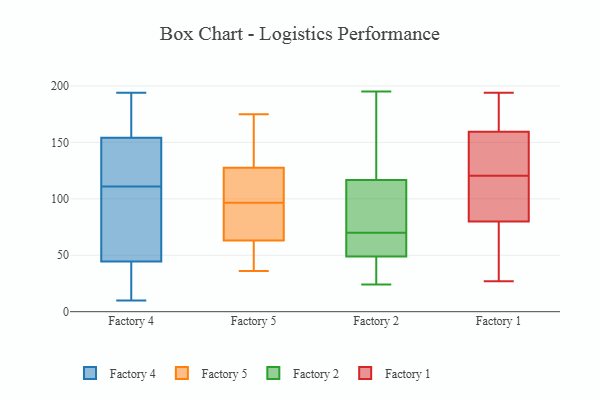
{"axis": {"x": "Shipments", "y": "Value"}, "legend": ["Factory 1", "Factory 2", "Factory 4", "Factory 5"], "data": [{"x": "", "y": 139, "type": "Factory 4"}, {"x": "", "y": 38, "type": "Factory 4"}, {"x": "", "y": 10, "type": "Factory 4"}, {"x": "", "y": 38, "type": "Factory 4"}, {"x": "", "y": 64, "type": "Factory 4"}, {"x": "", "y": 27, "type": "Factory 4"}, {"x": "", "y": 79, "type": "Factory 4"}, {"x": "", "y": 111, "type": "Factory 4"}, {"x": "", "y": 84, "type": "Factory 4"}, {"x": "", "y": 194, "type": "Factory 4"}, {"x": "", "y": 25, "type": "Factory 4"}, {"x": "", "y": 163, "type": "Factory 4"}, {"x": "", "y": 119, "type": "Factory 4"}, {"x": "", "y": 159, "type": "Factory 4"}, {"x": "", "y": 135, "type": "Factory 4"}, {"x": "", "y": 191, "type": "Factory 4"}, {"x": "", "y": 125, "type": "Factory 4"}, {"x": "", "y": 87, "type": "Factory 4"}, {"x": "", "y": 161, "type": "Factory 4"}, {"x": "", "y": 103, "type": "Factory 5"}, {"x": "", "y": 165, "type": "Factory 5"}, {"x": "", "y": 141, "type": "Factory 5"}, {"x": "", "y": 65, "type": "Factory 5"}, {"x": "", "y": 133, "type": "Factory 5"}, {"x": "", "y": 115, "type": "Factory 5"}, {"x": "", "y": 40, "type": "Factory 5"}, {"x": "", "y": 90, "type": "Factory 5"}, {"x": "", "y": 82, "type": "Factory 5"}, {"x": "", "y": 175, "type": "Factory 5"}, {"x": "", "y": 122, "type": "Factory 5"}, {"x": "", "y": 36, "type": "Factory 5"}, {"x": "", "y": 172, "type": "Factory 5"}, {"x": "", "y": 107, "type": "Factory 5"}, {"x": "", "y": 110, "type": "Factory 5"}, {"x": "", "y": 43, "type": "Factory 5"}, {"x": "", "y": 68, "type": "Factory 5"}, {"x": "", "y": 37, "type": "Factory 5"}, {"x": "", "y": 61, "type": "Factory 5"}, {"x": "", "y": 69, "type": "Factory 5"}, {"x": "", "y": 60, "type": "Factory 2"}, {"x": "", "y": 35, "type": "Factory 2"}, {"x": "", "y": 109, "type": "Factory 2"}, {"x": "", "y": 47, "type": "Factory 2"}, {"x": "", "y": 70, "type": "Factory 2"}, {"x": "", "y": 168, "type": "Factory 2"}, {"x": "", "y": 85, "type": "Factory 2"}, {"x": "", "y": 63, "type": "Factory 2"}, {"x": "", "y": 30, "type": "Factory 2"}, {"x": "", "y": 55, "type": "Factory 2"}, {"x": "", "y": 195, "type": "Factory 2"}, {"x": "", "y": 99, "type": "Factory 2"}, {"x": "", "y": 117, "type": "Factory 2"}, {"x": "", "y": 24, "type": "Factory 2"}, {"x": "", "y": 34, "type": "Factory 2"}, {"x": "", "y": 116, "type": "Factory 2"}, {"x": "", "y": 55, "type": "Factory 2"}, {"x": "", "y": 126, "type": "Factory 2"}, {"x": "", "y": 128, "type": "Factory 2"}, {"x": "", "y": 27, "type": "Factory 1"}, {"x": "", "y": 121, "type": "Factory 1"}, {"x": "", "y": 95, "type": "Factory 1"}, {"x": "", "y": 163, "type": "Factory 1"}, {"x": "", "y": 140, "type": "Factory 1"}, {"x": "", "y": 65, "type": "Factory 1"}, {"x": "", "y": 120, "type": "Factory 1"}, {"x": "", "y": 156, "type": "Factory 1"}, {"x": "", "y": 120, "type": "Factory 1"}, {"x": "", "y": 180, "type": "Factory 1"}, {"x": "", "y": 106, "type": "Factory 1"}, {"x": "", "y": 55, "type": "Factory 1"}, {"x": "", "y": 194, "type": "Factory 1"}, {"x": "", "y": 165, "type": "Factory 1"}, {"x": "", "y": 133, "type": "Factory 1"}, {"x": "", "y": 33, "type": "Factory 1"}]}